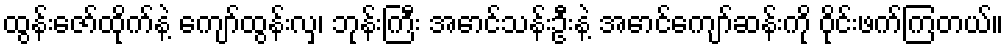
ထွန်းဇော်ထိုက်နဲ့ ကျော်ထွန်းလှ၊ ဘုန်းကြီး အောင်သန်းဦးနဲ့ အောင်ကျော်ဆန်းကို ဝိုင်းဖက်ကြတယ်။